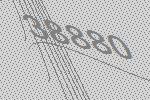
38880